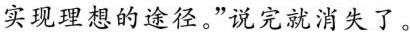
实现理想的途径。”说完就消失了。